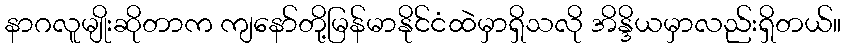
နာဂလူမျိုးဆိုတာက ကျနော်တို့မြန်မာနိုင်ငံထဲမှာရှိသလို အိန္ဒိယမှာလည်းရှိတယ်။